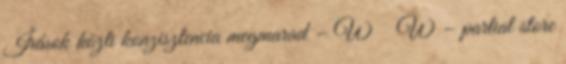
Írások közti konzisztencia megmarad – W→W – partial store